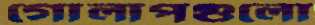
গোলাপগুলো